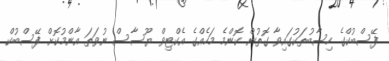
ފޭސްބުކްގެ ހިސާބުތަކުގައިވާ ގޮތުން ކޮންމެ މަހެއްގެ އެކްޓިވް ޔޫސާސް ނުވަތަ އާންމުކޮށް ފޭސްބުކް